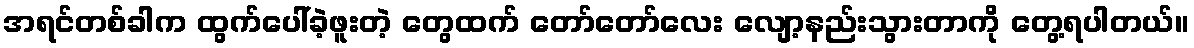
အရင်တစ်ခါက ထွက်ပေါ်ခဲ့ဖူးတဲ့ တွေထက် တော်တော်လေး လျော့နည်းသွားတာကို တွေ့ရပါတယ်။